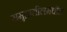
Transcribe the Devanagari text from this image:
समुद्रातीलमधील